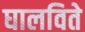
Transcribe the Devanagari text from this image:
घालविते